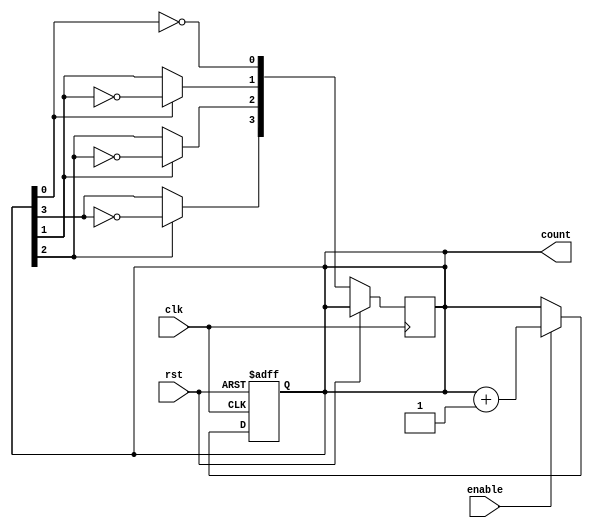
module AsyncCounter #(parameter N = 4) (
    input wire clk,
    input wire rst,
    input wire enable,
    output reg [N-1:0] count
);

// Asynchronous Reset and Counting
always @(posedge clk or posedge rst) begin
    if (rst) begin
        count <= 0;                   // Reset counter to 0
    end else if (enable) begin
        count <= count + 1;           // Increment counter
    end
end

// Generate clock signals for each flip-flop
reg [N-1:0] d_flip_flops;
integer i;

// Asynchronous behavior for each flip-flop
always @(count) begin
    d_flip_flops[0] = ~count[0];         // LSB toggles on posedge of main clk
    for (i = 1; i < N; i = i + 1) begin
        d_flip_flops[i] = count[i-1] ? ~count[i] : count[i];
    end
end

// Output the current count state
always @(posedge clk) begin
    if (!rst) begin
        count <= d_flip_flops;           // Update count on rising edge of main clk
    end
end

endmodule